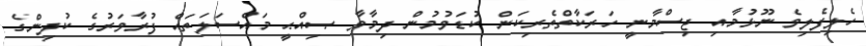
ހެލިފެލިވެ ނޫޅުމާއި ޖިސްމާނީ ހަރަކާތްތެރިކަން ކުޑަވުމުން ދިމާވާ ޞިއްޙީ މައްސަލަތައް ފުރާވަރުގެ ކުދިންގެ